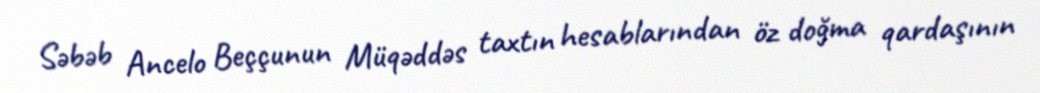
Səbəb Ancelo Beççunun Müqəddəs taxtın hesablarından öz doğma qardaşının